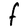
Character: F